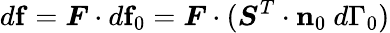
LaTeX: d\mathbf{f}={\boldsymbol{F}}\cdot d\mathbf{f}_{0}={\boldsymbol{F}}\cdot({\boldsymbol{S}}^{T}\cdot\mathbf{n}_{0}~d\Gamma_{0})